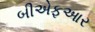
બીએફઆર